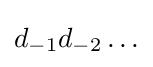
d_{-1}d_{-2}\ldots